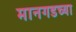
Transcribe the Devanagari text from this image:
मानगडच्या